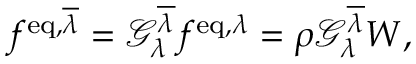
f ^ { \mathrm { e q } , \overline { { \lambda } } } = \mathcal { G } _ { \lambda } ^ { \overline { { \lambda } } } f ^ { \mathrm { e q } , { \lambda } } = \rho \mathcal { G } _ { \lambda } ^ { \overline { { \lambda } } } W ,